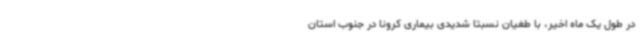
در طول یک ماه اخیر، با طغیان نسبتا شدیدی بیماری کرونا در جنوب استان